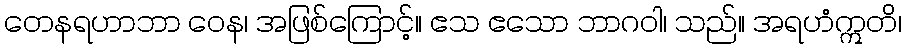
တေနရဟာဘာ ဝေန၊ အဖြစ်ကြောင့်။ ဧသ ဧသော ဘာဂဝါ၊ သည်။ အရဟံဣတိ၊